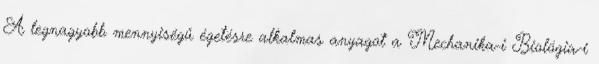
A legnagyobb mennyiségű égetésre alkalmas anyagot a Mechanika-i Biológia-i